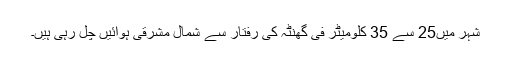
شہر میں25 سے 35 کلومیٹر فی گھنٹہ کی رفتار سے شمال مشرقی ہوائیں چل رہی ہیں۔